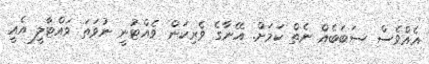
އެއްވެސް ސަބަބެއް ނެތް ކަމަށް. އޭނާގެ ވެރިކަން ވެއްޓުނީ ނުވަތަ ވައްޓާލީ އެއީ